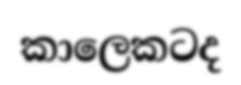
කාලෙකටද